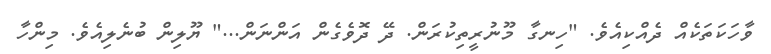
ވާހަކަތަކެއް ދެއްކިއެވެ. "ހިނގާ މޫނުރީތިކުރަން. ދޭ ދޮވެގެން އަންނަން..." ޔޫލިން ބުނެލިއެވެ. މިންހާ